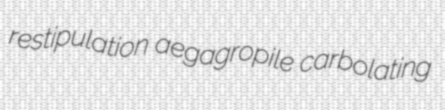
restipulation aegagropile carbolating